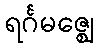
ရင်္ဂမဇ္ဈေ